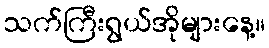
သက်ကြီးရွယ်အိုများနေ့။